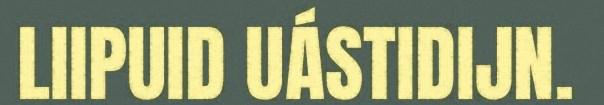
LIIPUID UÁSTIDIJN.